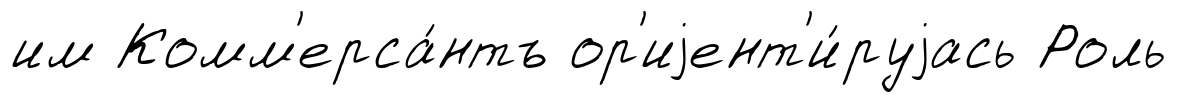
им Комм'ерса́нтъ ор'иjент'и́руjась Роль